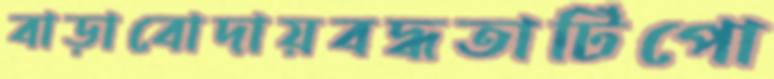
বাড়াবোদায়বদ্ধতাটিপো